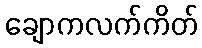
ချောကလက်ကိတ်